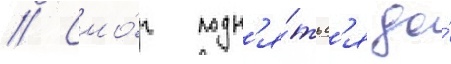
// Смо́г подн'я́тьс'я до́